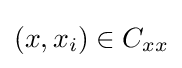
(x,x_{i})\in C_{xx}